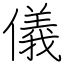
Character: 儀